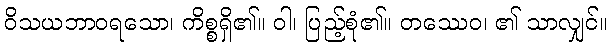
ဝိသယဘာဝရသော၊ ကိစ္စရှိ၏။ ဝါ၊ ပြည့်စုံ၏။ တဿေဝ၊ ၏ သာလျှင်။